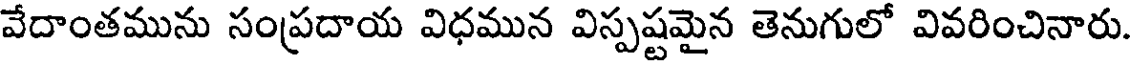
వేదాంతమును సంప్రదాయ విధమున విస్పష్టమైన తెనుగులో వివరించినారు.